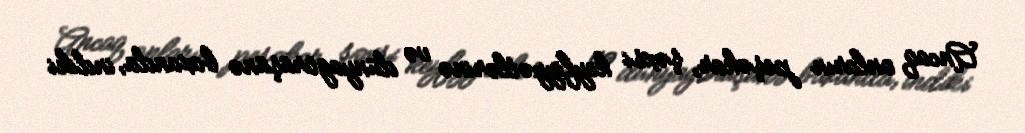
Ancaq onların peşəkar, şəxsi keyfiyyətlərinə və dünyagörüşünə baxanda, indiki